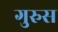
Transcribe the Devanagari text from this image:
गुरुस